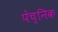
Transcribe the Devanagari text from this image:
पेच्निक